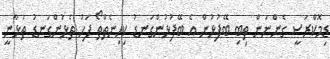
ޑިމޮކްރަސީ ގެންނަން ތިބި ބޭފުޅުން އެ ބޭފުޅުންގަނޑު ކިހިނެތްތޯ ފަހު ތެޅުންގަނޑު ތަޅާނީ